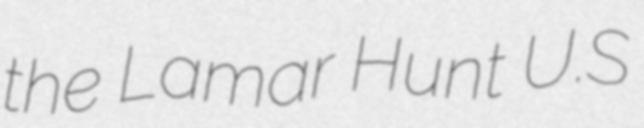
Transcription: the Lamar Hunt U.S